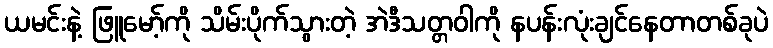
ယမင်းနဲ့ ဖြူမော့်ကို သိမ်းပိုက်သွားတဲ့ အဲဒီသတ္တဝါကို နပန်းလုံးချင်နေတာတစ်ခုပဲ